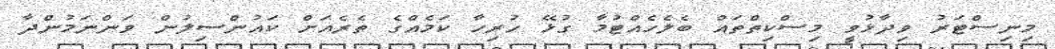
މިނިސްޓަރު ވިދާޅުވީ މިސްކިތްތައް ބެލެހެއްޓުމާ ގުޅޭ ހުރިހާ ކަމެއްގެ ތެރެއަށް ކައުންސިލުން ވަންނަމުންދާ